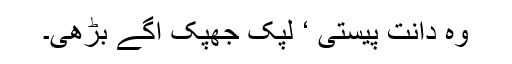
وہ دانت پیستی ‘ لپک جھپک آگے بڑھی۔